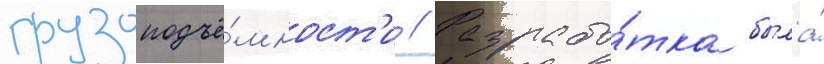
грузоподъё́мност'и // Разрабо́тка была́